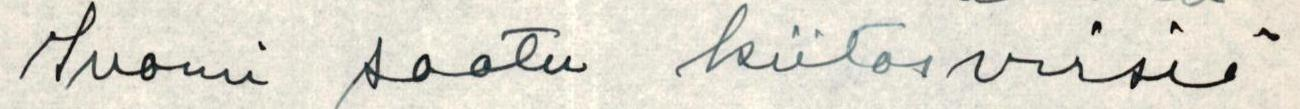
ISuomi saatu kiitosvirsiä